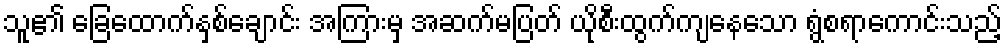
သူ၏ ခြေထောက်နှစ်ချောင်း အကြားမှ အဆက်မပြတ် ယိုစီးထွက်ကျနေသော ရွံစရာကောင်းသည့်